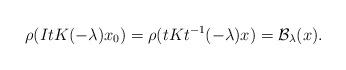
LaTeX: \begin{align*}\rho(ItK(-\lambda)x_0)=\rho(tKt^{-1}(-\lambda)x)={\mathcal B}_{{\lambda}}(x).\end{align*}